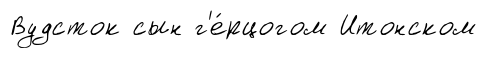
Вудсток сын г'е́рцогом Итонском